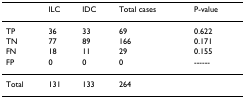
<table><thead><tr><td>[EMPTY_CELL]</td><td><b>ILC</b></td><td><b>IDC</b></td><td><b>Total cases</b></td><td><b>P-value</b></td></tr></thead><tbody><tr><td>TP</td><td>36</td><td>33</td><td>69</td><td>0.622</td></tr><tr><td>TN</td><td>77</td><td>89</td><td>166</td><td>0.171</td></tr><tr><td>FN</td><td>18</td><td>11</td><td>29</td><td>0.155</td></tr><tr><td>FP</td><td>0</td><td>0</td><td>0</td><td>------</td></tr><tr><td>Total</td><td>131</td><td>133</td><td>264</td><td>[EMPTY_CELL]</td></tr></tbody></table>